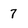
Character: 7